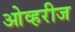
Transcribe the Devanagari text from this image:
ओव्हरीज